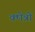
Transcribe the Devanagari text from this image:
क्ष्‍ोत्रों